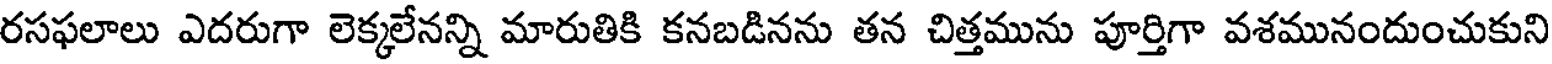
రసఫలాలు ఎదరుగా లెక్కలేనన్ని మారుతికి కనబడినను తన చిత్తమును పూర్తిగా వశమునందుంచుకుని